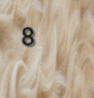
8